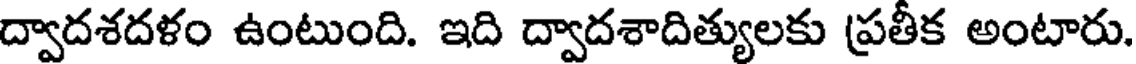
ద్వాదశదళం ఉంటుంది. ఇది ద్వాదశాదిత్యులకు ప్రతీక అంటారు.